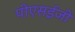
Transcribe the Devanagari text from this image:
पीएसईजी